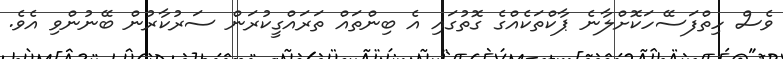
ވެސް ހިތްފަސޭހަކޮށްލާނެ ޕާކްތަކެއްގެ ގޮތުގައި އެ ބިންތައް ތަރައްގީކުރަން ސަރުކާރުން ބޭނުންވި އެވެ.